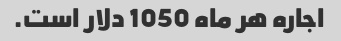
اجاره هر ماه 1050 دلار است.